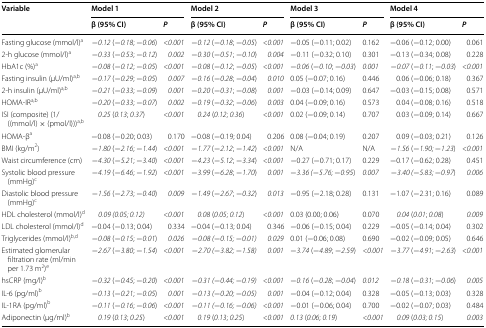
<table><thead><tr><td rowspan="2"><b>Variable</b></td><td colspan="2"><b>Model 1</b></td><td colspan="2"><b>Model 2</b></td><td colspan="2"><b>Model 3</b></td><td colspan="2"><b>Model 4</b></td></tr><tr><td><b>β (95% CI)</b></td><td><b><i>P</i></b></td><td><b>β (95% CI)</b></td><td><b><i>P</i></b></td><td><b>β (95% CI)</b></td><td><b><i>P</i></b></td><td><b>β (95% CI)</b></td><td><b><i>P</i></b></td></tr></thead><tbody><tr><td>Fasting glucose (mmol/l)<sup>a</sup></td><td><i>−0.12</i> (<i>−0.18</i>; <i>−0.06</i>)</td><td><i>&lt;0.001</i></td><td><i>−0.12</i> (<i>−0.18</i>; <i>−0.05</i>)</td><td><i>&lt;0.001</i></td><td>−0.05 (−0.11; 0.02)</td><td>0.162</td><td>−0.06 (−0.12; 0.00)</td><td>0.061</td></tr><tr><td>2-h glucose (mmol/l)<sup>a</sup></td><td>−<i>0.33</i> (−<i>0.53</i>; <i>−0.12</i>)</td><td><i>0.002</i></td><td><i>−0.30</i> (<i>−0.51</i>; <i>−0.10</i>)</td><td><i>0.004</i></td><td>−0.11 (−0.32; 0.10)</td><td>0.301</td><td>−0.13 (−0.34; 0.08)</td><td>0.228</td></tr><tr><td>HbA1c (%)<sup>a</sup></td><td>−<i>0.08</i> (<i>−0.12</i>; <i>−0.05</i>)</td><td><i>&lt;0.001</i></td><td><i>−0.08</i> (<i>−0.12</i>; <i>−0.05</i>)</td><td><i>&lt;0.001</i></td><td><i>−0.06</i> (<i>−0.10</i>; <i>−0.03</i>)</td><td><i>0.001</i></td><td><i>−0.07</i> (<i>−0.11</i>; <i>−0.03</i>)</td><td><i>&lt;0.001</i></td></tr><tr><td>Fasting insulin (μU/ml)<sup>a,b</sup></td><td>−<i>0.17</i> (−<i>0.29</i>; −<i>0.05</i>)</td><td><i>0.007</i></td><td><i>−0.16</i> (<i>−0.28</i>; <i>−0.04</i>)</td><td><i>0.010</i></td><td>0.05 (−0.07; 0.16)</td><td>0.446</td><td>0.06 (−0.06; 0.18)</td><td>0.367</td></tr><tr><td>2-h insulin (μU/ml)<sup>a,b</sup></td><td>−<i>0.21</i> (−<i>0.33</i>; −<i>0.09</i>)</td><td><i>0.001</i></td><td><i>−0.20</i> (<i>−0.31</i>; <i>−0.08</i>)</td><td><i>0.001</i></td><td>−0.03 (−0.14; 0.09)</td><td>0.647</td><td>−0.03 (−0.15; 0.08)</td><td>0.571</td></tr><tr><td>HOMA-IR<sup>a,b</sup></td><td>−<i>0.20</i> (−<i>0.33</i>; −<i>0.07</i>)</td><td><i>0.002</i></td><td><i>−0.19</i> (<i>−0.32</i>; <i>−0.06</i>)</td><td><i>0.003</i></td><td>0.04 (−0.09; 0.16)</td><td>0.573</td><td>0.04 (−0.08; 0.16)</td><td>0.518</td></tr><tr><td>ISI (composite) (1/((mmol/l) × (pmol/l)))<sup>a,b</sup></td><td><i>0.25</i> (<i>0.13</i>; <i>0.37</i>)</td><td><i>&lt;0.001</i></td><td><i>0.24</i> (<i>0.12</i>; <i>0.36</i>)</td><td><i>&lt;0.001</i></td><td>0.02 (−0.09; 0.14)</td><td>0.707</td><td>0.03 (−0.09; 0.14)</td><td>0.667</td></tr><tr><td>HOMA-β<sup>a</sup></td><td>−0.08 (−0.20; 0.03)</td><td>0.170</td><td>−0.08 (−0.19; 0.04)</td><td>0.206</td><td>0.08 (−0.04; 0.19)</td><td>0.207</td><td>0.09 (−0.03; 0.21)</td><td>0.126</td></tr><tr><td>BMI (kg/m<sup>2</sup>)</td><td><i>−1.80</i> (<i>−2.16</i>; <i>−1.44</i>)</td><td><i>&lt;0.001</i></td><td><i>−1.77</i> (<i>−2.12</i>; <i>−1.42</i>)</td><td><i>&lt;0.001</i></td><td>N/A</td><td>N/A</td><td><i>−1.56</i> (<i>−1.90; −1.23</i>)</td><td><i>&lt;0.001</i></td></tr><tr><td>Waist circumference (cm)</td><td><i>−4.30</i> (<i>−5.21</i>; <i>−3.40</i>)</td><td><i>&lt;0.001</i></td><td><i>−4.23</i> (<i>−5.12</i>; <i>−3.34</i>)</td><td><i>&lt;0.001</i></td><td>−0.27 (−0.71; 0.17)</td><td>0.229</td><td>−0.17 (−0.62; 0.28)</td><td>0.451</td></tr><tr><td>Systolic blood pressure (mmHg)<sup>c</sup></td><td><i>−4.19</i> (<i>−6.46</i>; <i>−1.92</i>)</td><td><i>&lt;0.001</i></td><td><i>−3.99</i> (<i>−6.28</i>; <i>−1.70</i>)</td><td><i>0.001</i></td><td><i>−3.36 (−5.76; −0.95</i>)</td><td><i>0.007</i></td><td><i>−3.40 (−5.83; −0.97</i>)</td><td><i>0.006</i></td></tr><tr><td>Diastolic blood pressure (mmHg)<sup>c</sup></td><td><i>−1.56</i> (<i>−2.73</i>; <i>−0.40</i>)</td><td><i>0.009</i></td><td><i>−1.49</i> (<i>−2.67</i>; <i>−0.32</i>)</td><td><i>0.013</i></td><td>−0.95 (−2.18; 0.28)</td><td>0.131</td><td>−1.07 (−2.31; 0.16)</td><td>0.089</td></tr><tr><td>HDL cholesterol (mmol/l)<sup>d</sup></td><td><i>0.09 (0.05; 0.12)</i></td><td><i>&lt;0.001</i></td><td><i>0.08</i> (<i>0.05</i>; <i>0.12</i>)</td><td><i>&lt;0.001</i></td><td>0.03 (0.00; 0.06)</td><td>0.070</td><td><i>0.04</i> (<i>0.01</i>; <i>0.08</i>)</td><td><i>0.009</i></td></tr><tr><td>LDL cholesterol (mmol/l)<sup>d</sup></td><td>−0.04 (−0.13; 0.04)</td><td>0.334</td><td>−0.04 (−0.13; 0.04)</td><td>0.346</td><td>−0.06 (−0.15; 0.04)</td><td>0.229</td><td>−0.05 (−0.14; 0.04)</td><td>0.302</td></tr><tr><td>Triglycerides (mmol/l)<sup>b,d</sup></td><td><i>−0.08</i> (<i>−0.15</i>; <i>−0.01</i>)</td><td><i>0.026</i></td><td><i>−0.08 (−0.15; −0.01)</i></td><td><i>0.029</i></td><td>0.01 (−0.06; 0.08)</td><td>0.690</td><td>−0.02 (−0.09; 0.05)</td><td>0.646</td></tr><tr><td>Estimated glomerular filtration rate (ml/min per 1.73 m<sup>2</sup>)<sup>e</sup></td><td><i>−2.67</i> (<i>−3.80</i>; <i>−1.54</i>)</td><td><i>&lt;0.001</i></td><td><i>−2.70 (−3.82; −1.58)</i></td><td><i>0.001</i></td><td><i>−3.74</i> (<i>−4.89</i>; <i>−2.59</i>)</td><td><i>&lt;0.001</i></td><td><i>−3.77</i> (<i>−4.91</i>; <i>−2.63</i>)</td><td><i>&lt;0.001</i></td></tr><tr><td>hsCRP (mg/l)<sup>b</sup></td><td><i>−0.32</i> (<i>−0.45</i>; <i>−0.20</i>)</td><td><i>&lt;0.001</i></td><td><i>−0.31 (−0.44; −0.19)</i></td><td><i>&lt;0.001</i></td><td><i>−0.16</i> (<i>−0.28</i>; <i>−0.04</i>)</td><td><i>0.012</i></td><td><i>−0.18</i> (<i>−0.31</i>; <i>−0.06</i>)</td><td><i>0.005</i></td></tr><tr><td>IL-6 (pg/ml)<sup>b</sup></td><td><i>−0.13</i> (<i>−0.21</i>; <i>−0.05</i>)</td><td><i>0.001</i></td><td><i>−0.13 (−0.20; −0.05)</i></td><td><i>0.001</i></td><td>−0.04 (−0.12; 0.04)</td><td>0.328</td><td>−0.05 (−0.13; 0.03)</td><td>0.328</td></tr><tr><td>IL-1RA (pg/ml)<sup>b</sup></td><td><i>−0.11</i> (<i>−0.16</i>; <i>−0.06</i>)</td><td><i>&lt;0.001</i></td><td><i>−0.11 (−0.16; −0.06)</i></td><td><i>&lt;0.001</i></td><td>−0.01 (−0.06; 0.04)</td><td>0.700</td><td>−0.02 (−0.07; 0.03)</td><td>0.484</td></tr><tr><td>Adiponectin (μg/ml)<sup>b</sup></td><td><i>0.19</i> (<i>0.13</i>; <i>0.25</i>)</td><td><i>&lt;0.001</i></td><td><i>0.19</i> (<i>0.13</i>; <i>0.25</i>)</td><td><i>&lt;0.001</i></td><td><i>0.13</i> (<i>0.06</i>; <i>0.19</i>)</td><td><i>&lt;0.001</i></td><td><i>0.09</i> (<i>0.03; 0.15</i>)</td><td><i>0.003</i></td></tr></tbody></table>